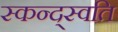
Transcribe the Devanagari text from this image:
स्कन्द्स्वति